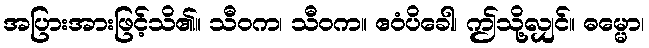
အပြားအားဖြင့်သိ၏။ သီဝက၊ သီဝက။ ဧဝံပိခေါ၊ ဤသို့လျှင်။ ဓမ္မော၊